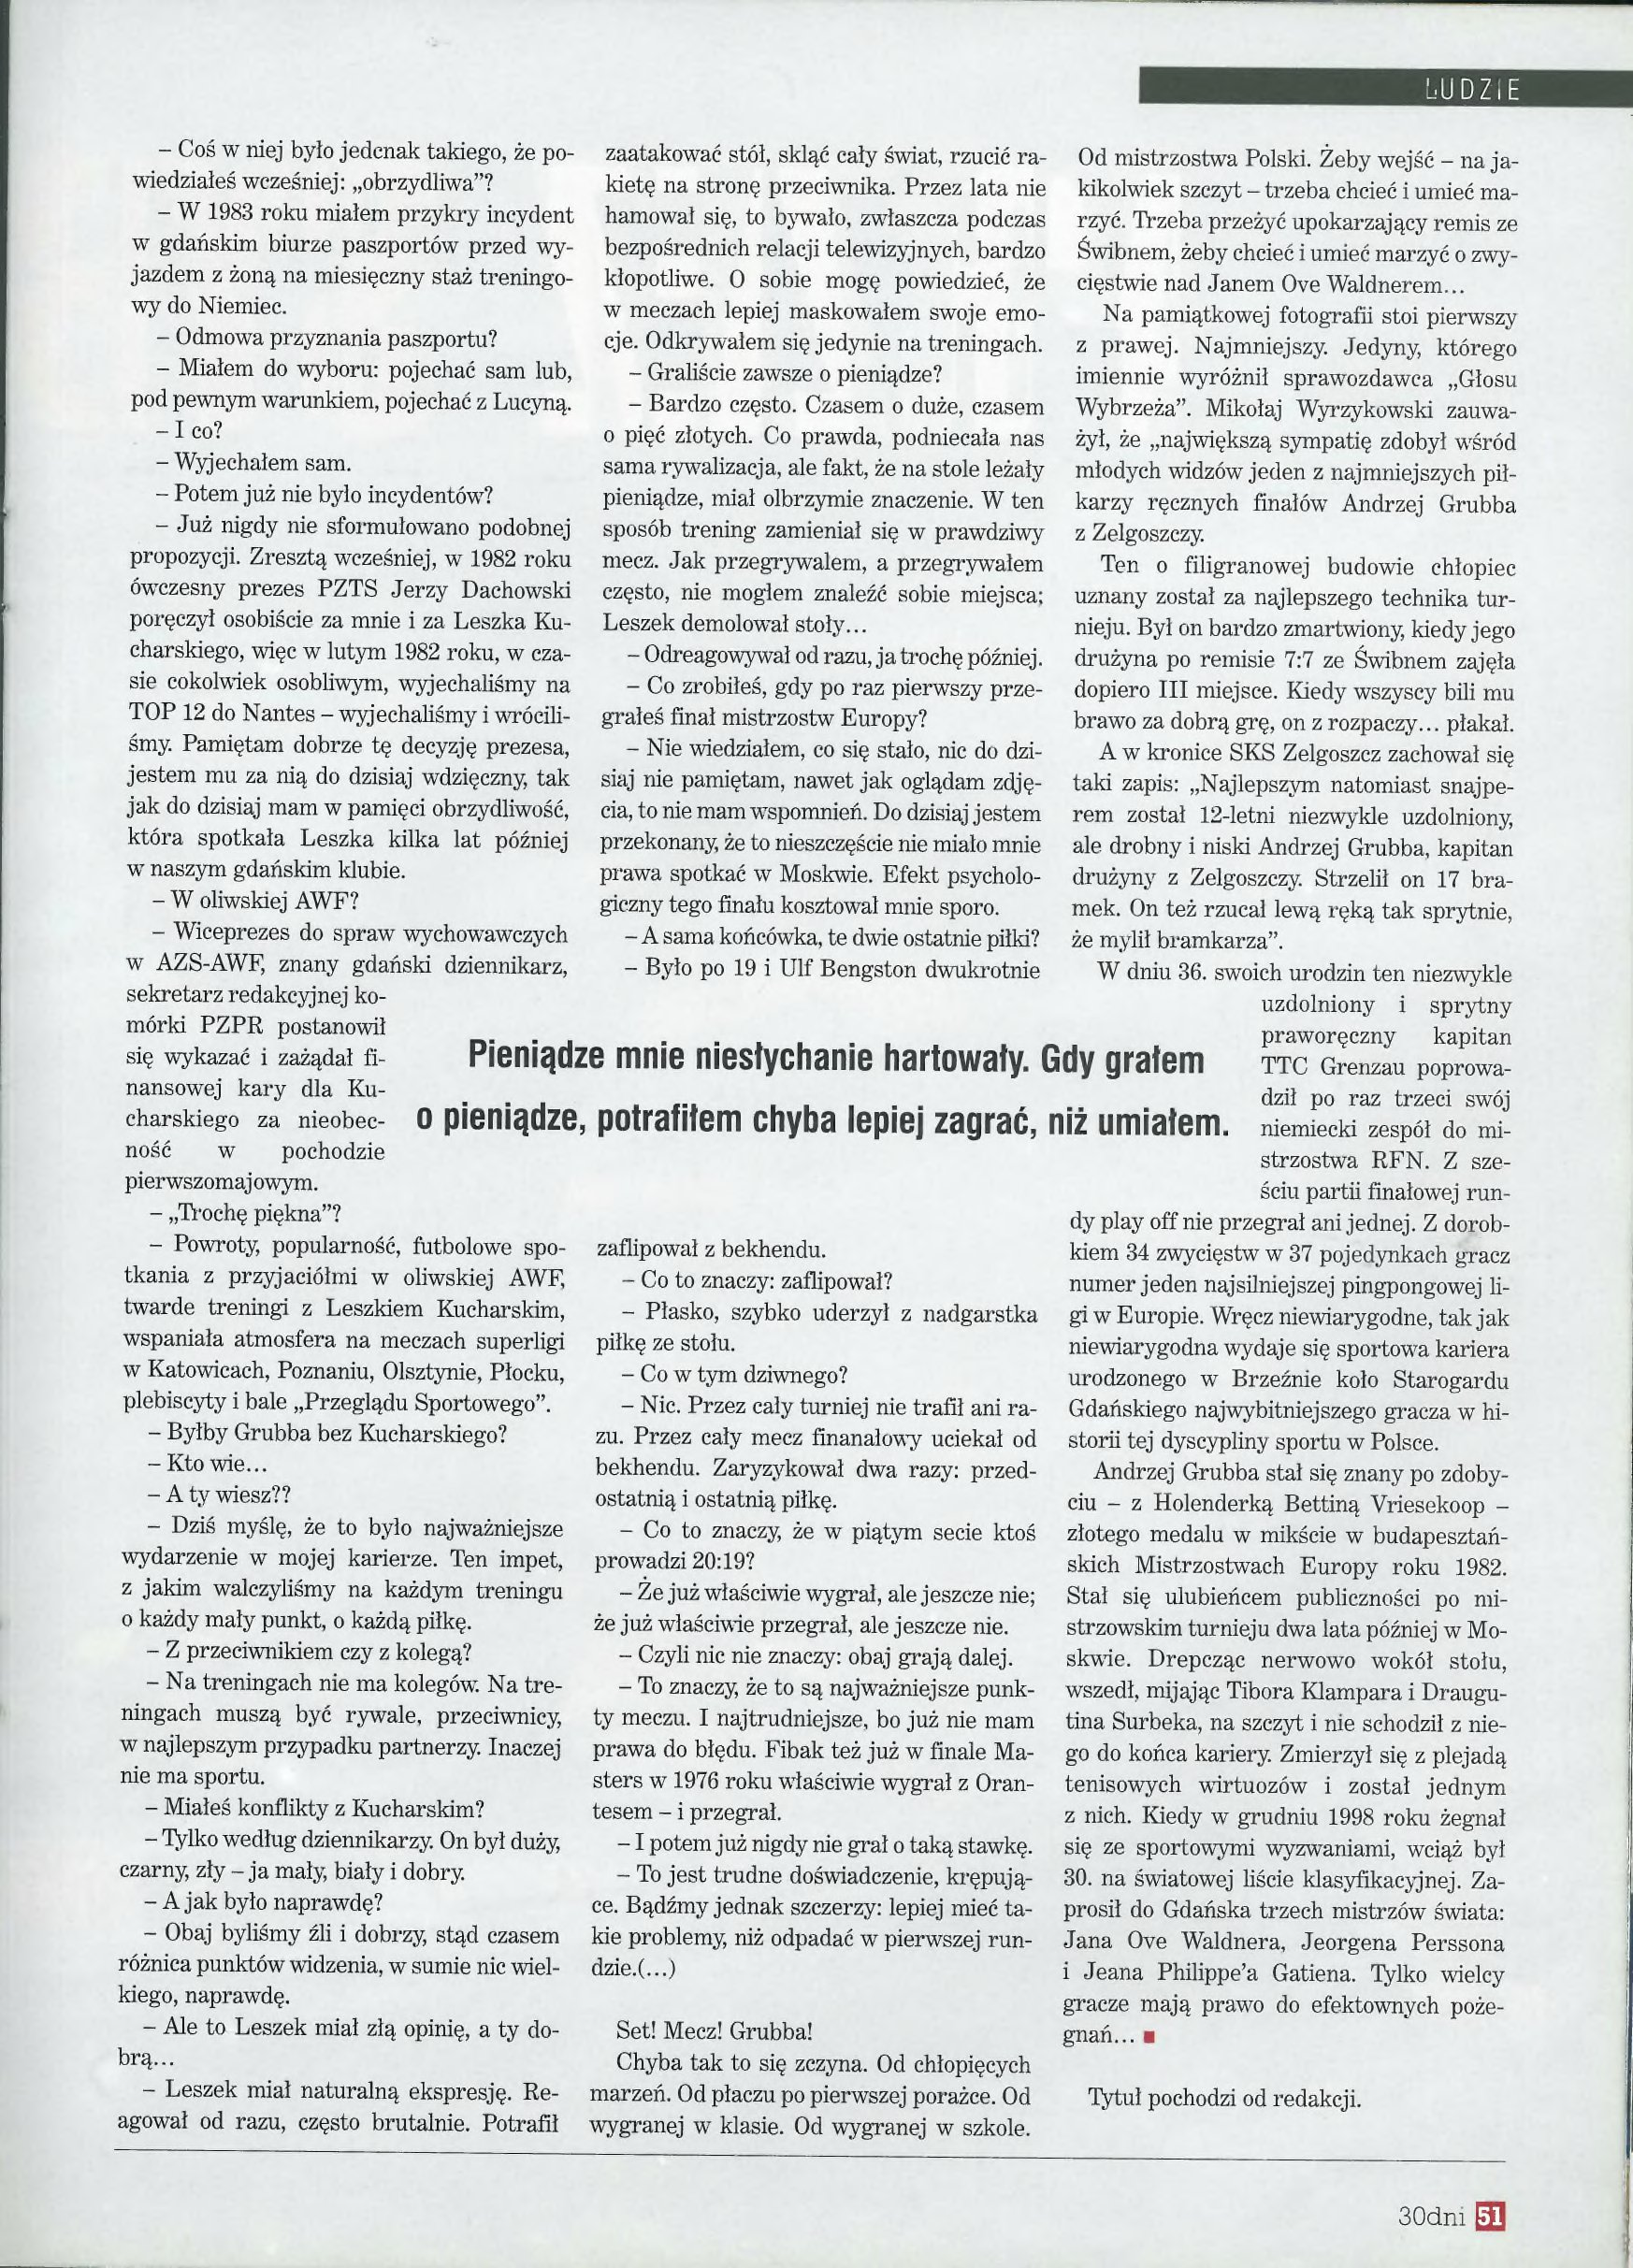
Language: pl